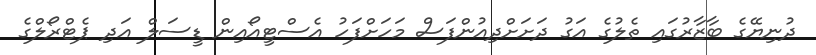
ދުނިޔޭގެ ބާޒާރުގައި ތެލުގެ އަގު ދަށަށްދިއުންފަސް މަހަށްފަހު އެސްޓީއޯއިން ޑީސަލް އަދި ޕެޓްރޯލްގެ